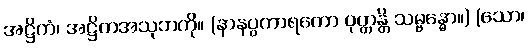
အဋ္ဌိကံ၊ အဋ္ဌိကအသုဘကို။ (နာနပ္ပကာရတော ဝုတ္တန္တိ သမ္ဗန္ဓော။) (သော၊